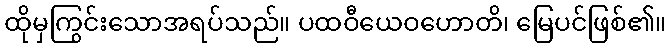
ထိုမှကြွင်းသောအရပ်သည်။ ပထဝီယေဝဟောတိ၊ မြေပင်ဖြစ်၏။